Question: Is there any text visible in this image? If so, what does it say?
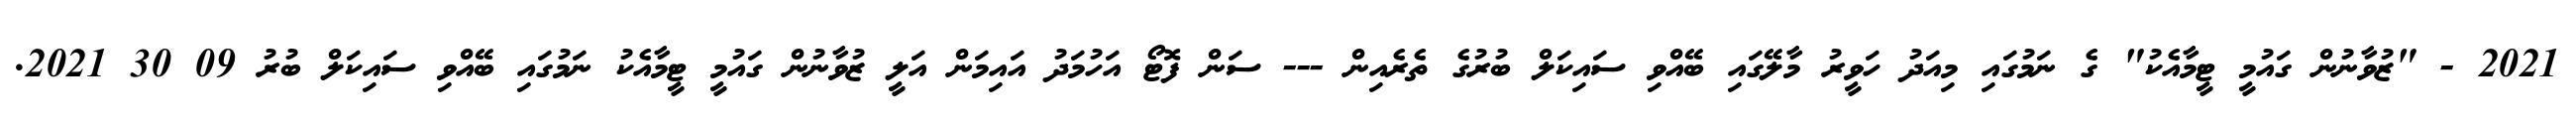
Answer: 2021 - "ޒުވާނުން ގައުމީ ޓީމާއެކު" ގެ ނަމުގައި މިއަދު ހަވީރު މާލޭގައި ބޭއްވި ސައިކަލް ބުރުގެ ތެރެއިން --- ސަން ފޮޓޯ އަހުމަދު އައިމަން އަލީ ޒުވާނުން ގައުމީ ޓީމާއެކު ނަމުގައި ބޭއްވި ސައިކަލް ބުރު 09 30 2021.